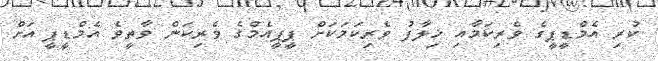
ކުރި އެމްޑީޕީގެ ވެރިކަމާއި ޚިލާފު ވެރިކަމަކަށް ޕީޕީއެމްގެ ވެރިކަން ވާތީވެ އެމްޑީޕީ އަށް